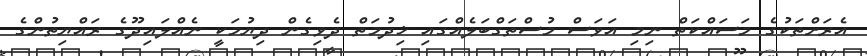
އެރަށްތަކުގެ މަސައްކަތް ނިމި އަވަސް މުސްތަގްބަލެއްގައި ޚިދުމަތް ދެވިގެން ދިޔުމަކީ ނެއްލައިދޫގެ ރައްޔިތުންގެ